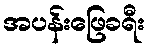
အပန်းဖြေခရီး